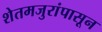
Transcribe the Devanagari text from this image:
शेतमजुरांपासून